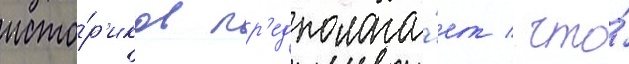
исто́р'иков пр'едполага́ет / что́